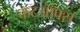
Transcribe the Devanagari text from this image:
कटऑफ्स